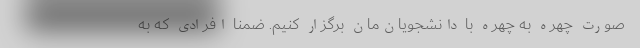
صورت چهره به چهره با دانشجویان‌مان برگزار کنیم. ضمنا افرادی که به